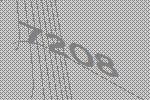
7208